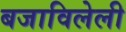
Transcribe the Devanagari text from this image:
बजाविलेली